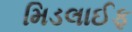
મિડલાઈફ